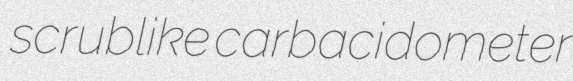
scrublike carbacidometer